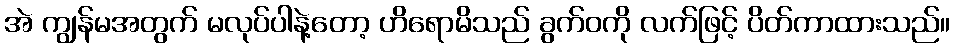
အဲ ကျွန်မအတွက် မလုပ်ပါနဲ့တော့ ဟိရောမိသည် ခွက်ဝကို လက်ဖြင့် ပိတ်ကာထားသည်။